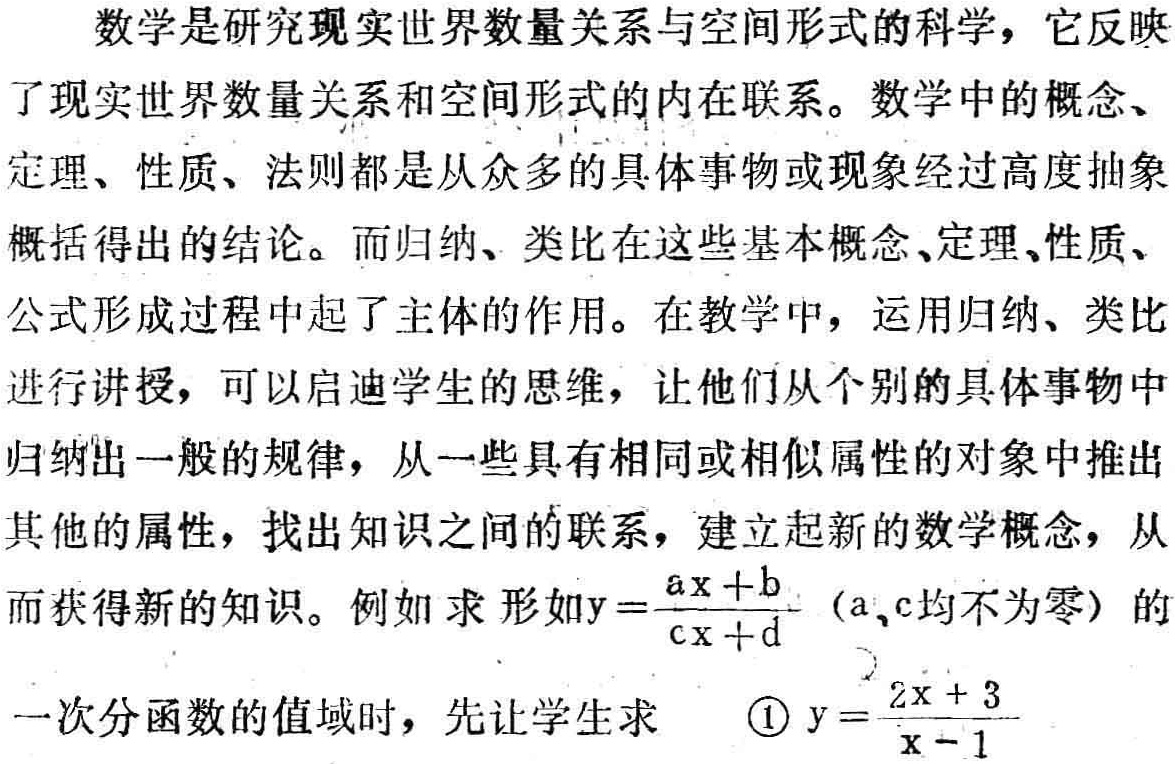
数学是研究现实世界数量关系与空间形式的科学，它反映了现实世界数量关系和空间形式的内在联系。数学中的概念、定理、性质、法则都是从众多的具体事物或现象经过高度抽象概括得出的结论。而归纳、类比在这些基本概念、定理、性质、公式形成过程中起了主体的作用。在教学中，运用归纳、类比进行讲授，可以启迪学生的思维，让他们从个别的具体事物中归纳出一般的规律，从一些具有相同或相似属性的对象中推出其他的属性，找出知识之间的联系，建立起新的数学概念，从而获得新的知识。例如求形如\(y = \frac{ax + b}{cx + d}\)（\(a\)、\(c\)均不为零）的一次分函数的值域时，先让学生求 \textcircled{1}\(y = \frac{2x + 3}{x - 1}\)